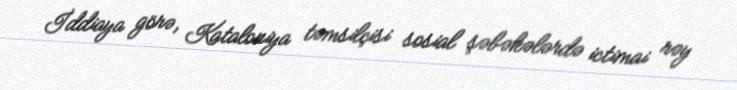
İddiaya görə, Kataloniya təmsilçisi sosial şəbəkələrdə ictimai rəy